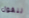
لنقول